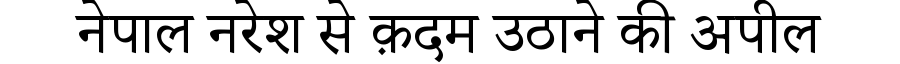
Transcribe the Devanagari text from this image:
नेपाल नरेश से क़दम उठाने की अपील